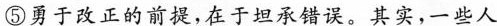
⑤勇于改正的前提，在于坦承错误。其实，一些人